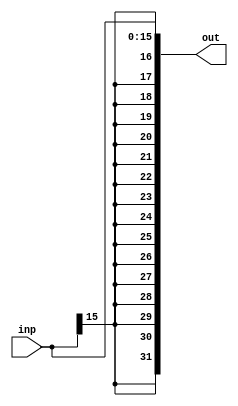
module sign_extend(

input [15:0] inp,
output [31:0] out

);
assign out = {{16{inp[15]}} , inp};
endmodule